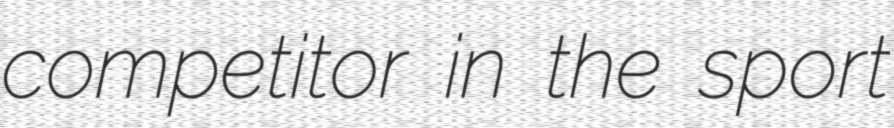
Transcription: competitor in the sport